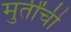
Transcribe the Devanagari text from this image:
मुर्तींची